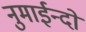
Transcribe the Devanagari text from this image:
नुमाईन्दो